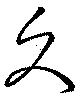
久